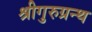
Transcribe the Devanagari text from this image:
श्रीगुरुग्रन्थ